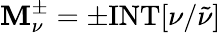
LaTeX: \mathbf{M}_{\nu}^{\pm}=\pm\mathrm{{INT}}[\nu/\tilde{{\nu}}]